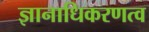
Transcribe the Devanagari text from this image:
ज्ञानाधिकरणत्व